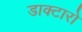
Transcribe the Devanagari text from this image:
डाक्टारो